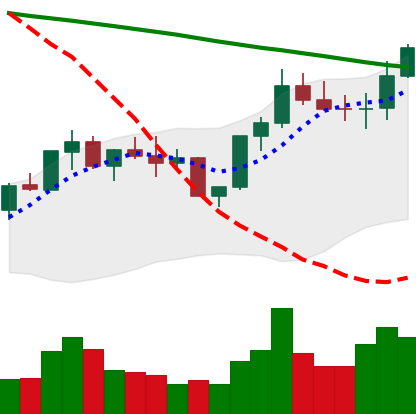
Ticker: BNB-USD
Chart end date: 2022-08-04
Forward return: 4.572%
Label: up_3_5